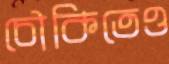
চৌকিতেও